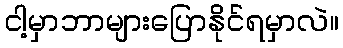
ငါ့မှာဘာများပြောနိုင်ရမှာလဲ။